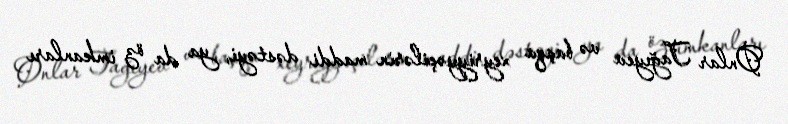
Onlar Tağıyev və başqa xeyriyyəçilərin maddi dəstəyi, ya da öz imkanları